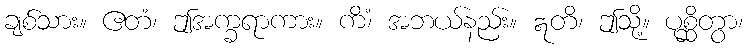
ချစ်သား။ ဧတံ၊ ဤအက္ခရာကား။ ကိံ၊ အဘယ်နည်း။ ဣတိ၊ ဤသို့။ ပုစ္ဆိတွာ၊